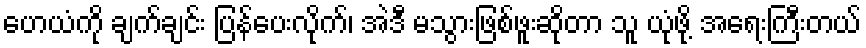
ဟေယံကို ချက်ချင်း ပြန်ပေးလိုက်၊ အဲဒီ မသွားဖြစ်ဖူးဆိုတာ သူ ယုံဖို့ အရေးကြီးတယ်